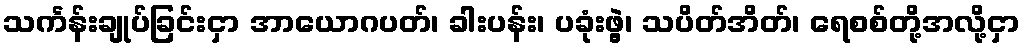
သင်္ကန်းချုပ်ခြင်းငှာ အာယောဂပတ်၊ ခါးပန်း၊ ပခုံးဖွဲ့၊ သပိတ်အိတ်၊ ရေစစ်တို့အလို့ငှာ